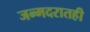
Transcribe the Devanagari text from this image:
जन्मदरातही